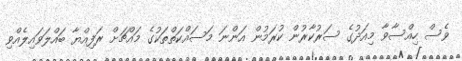
ވެސް ހިއްސާވާ މިއަދުގެ ސަރުކާރުން ކުރަމުން އަންނަ މަސައްކަތްތަކުގެ މައްޗަށް ރަފިއްޔާ ބައްލަވައިލެއްވި